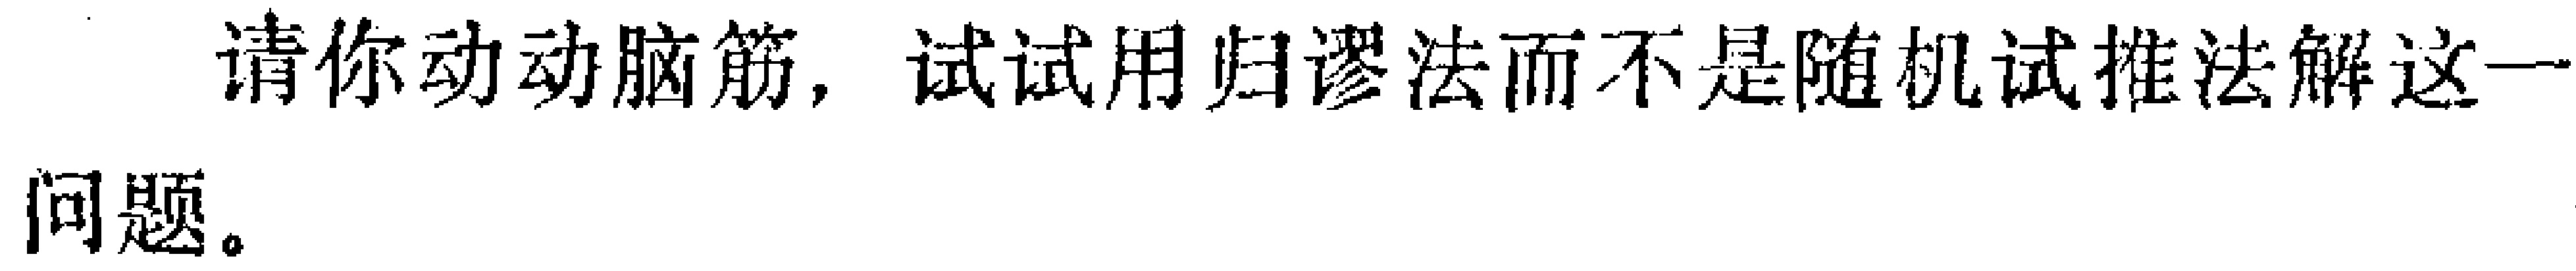
请你动动脑筋，试试用归谬法而不是随机试推法解这一问题。